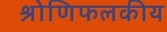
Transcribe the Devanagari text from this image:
श्रोणिफलकीय